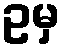
ဥမှ